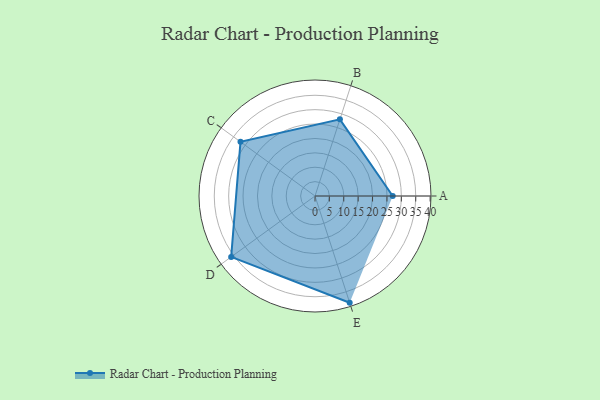
{"axis": {"x": "Skill", "y": "Score"}, "legend": ["Profile"], "data": [{"x": "A", "y": 27.0, "type": "Profile"}, {"x": "B", "y": 28.0, "type": "Profile"}, {"x": "C", "y": 32.0, "type": "Profile"}, {"x": "D", "y": 36.0, "type": "Profile"}, {"x": "E", "y": 39.0, "type": "Profile"}]}